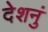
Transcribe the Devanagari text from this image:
देशनुं